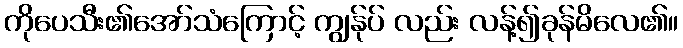
ကိုပေသီး၏အော်သံကြောင့် ကျွန်ုပ် လည်း လန့်၍ခုန်မိလေ၏။